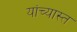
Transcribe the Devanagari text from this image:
यांच्यास्त